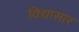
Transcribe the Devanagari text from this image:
विद्यासार